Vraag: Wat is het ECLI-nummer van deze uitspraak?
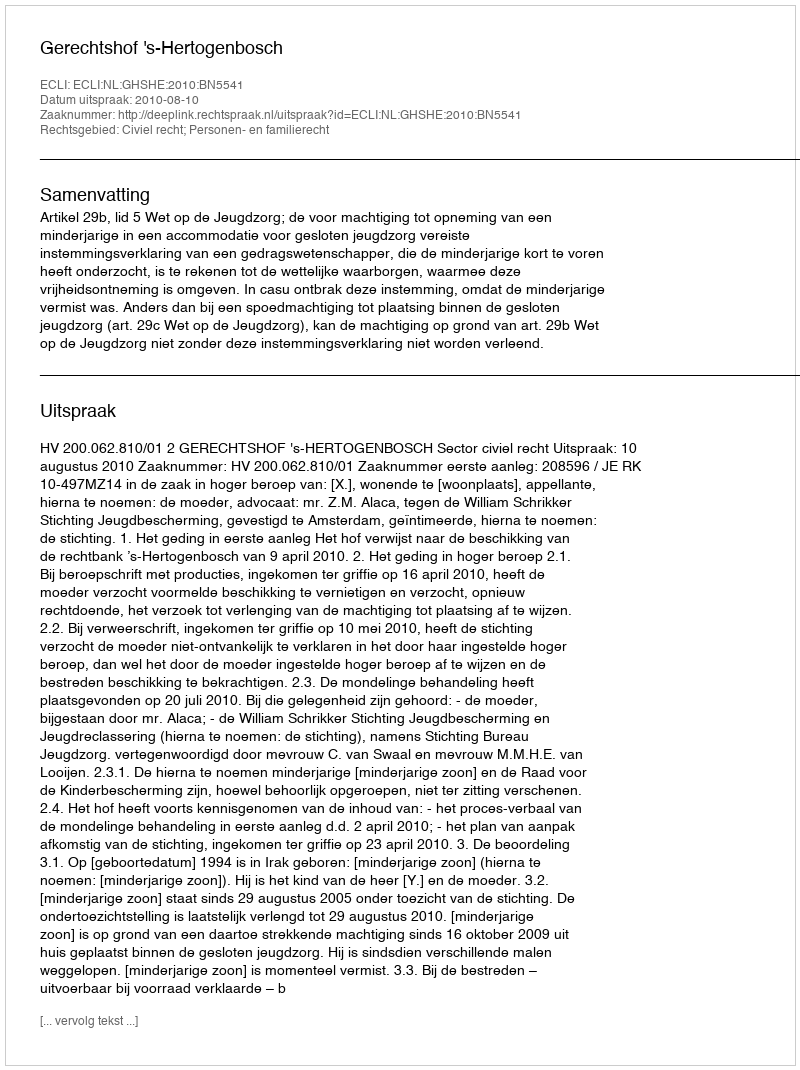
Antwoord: ECLI:NL:GHSHE:2010:BN5541